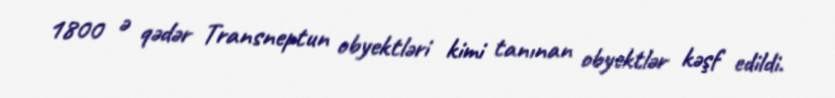
1800 ə qədər Transneptun obyektləri kimi tanınan obyektlər kəşf edildi.